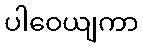
ပါဝေယျကာ